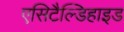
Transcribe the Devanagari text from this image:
एसिटैल्डिहाइड